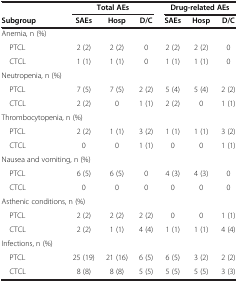
|  | <COLSPAN=3> Total AEs | <COLSPAN=3> Drug-related AEs |
 | Subgroup | SAEs | Hosp | D/C | SAEs | Hosp | D/C |
 | --- | --- | --- | --- | --- | --- | --- |
 | <COLSPAN=7> Anemia, n (%) |
 | PTCL | 2 (2) | 2 (2) | 0 | 2 (2) | 2 (2) | 0 |
 | CTCL | 1 (1) | 1 (1) | 0 | 1 (1) | 1 (1) | 0 |
 | Neutropenia, n (%) |  |  |  |  |  |  |
 | PTCL | 7 (5) | 7 (5) | 2 (2) | 5 (4) | 5 (4) | 2 (2) |
 | CTCL | 2 (2) | 0 | 1 (1) | 2 (2) | 0 | 1 (1) |
 | <COLSPAN=7> Thrombocytopenia, n (%) |
 | PTCL | 2 (2) | 1 (1) | 3 (2) | 1 (1) | 1 (1) | 3 (2) |
 | CTCL | 0 | 0 | 1 (1) | 0 | 0 | 1 (1) |
 | <COLSPAN=7> Nausea and vomiting, n (%) |
 | PTCL | 6 (5) | 6 (5) | 0 | 4 (3) | 4 (3) | 0 |
 | CTCL | 0 | 0 | 0 | 0 | 0 | 0 |
 | <COLSPAN=7> Asthenic conditions, n (%) |
 | PTCL | 2 (2) | 2 (2) | 2 (2) | 0 | 0 | 1 (1) |
 | CTCL | 2 (2) | 1 (1) | 4 (4) | 1 (1) | 1 (1) | 4 (4) |
 | <COLSPAN=7> Infections, n (%) |
 | PTCL | 25 (19) | 21 (16) | 6 (5) | 6 (5) | 3 (2) | 2 (2) |
 | CTCL | 8 (8) | 8 (8) | 5 (5) | 5 (5) | 5 (5) | 3 (3) |